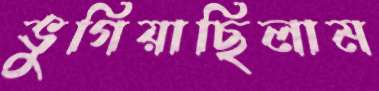
ভুগিয়াছিলাম